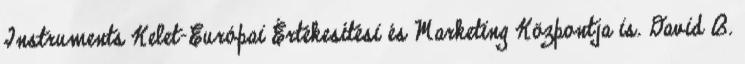
Instruments Kelet-Európai Értékesítési és Marketing Központja is. David B.